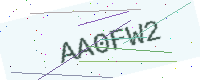
Text: AA0FW2